Burma Government Medical School reports 1923-41
Year: 1923
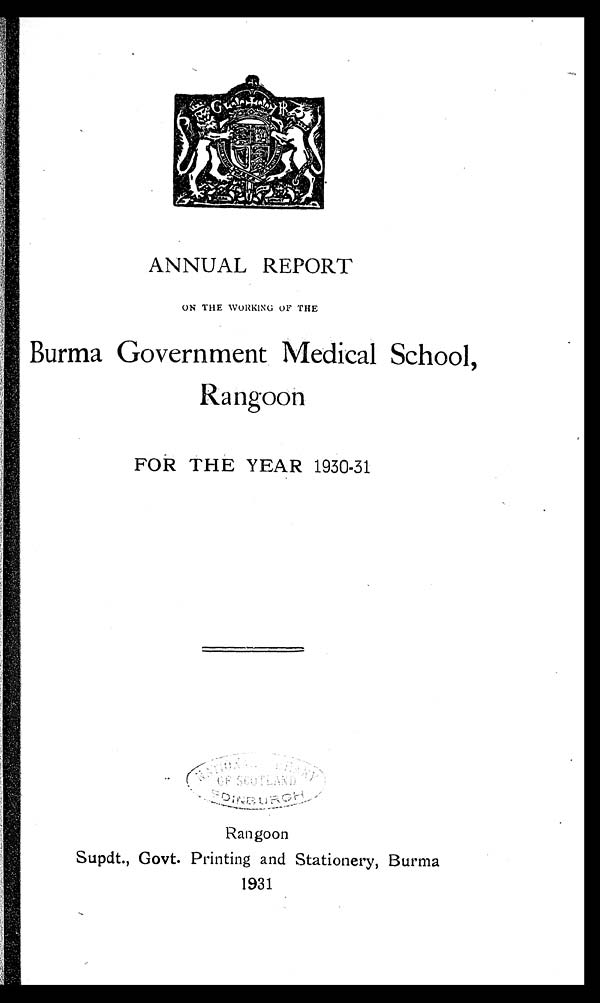
ANNUAL REPORT
ON THE WORKING OF THE
Burma Government Medical School,
Ran goon
FOR THE YEAR 1930-31
Rangoon
Supdt., Govt. Printing and Stationery, Burma
1931